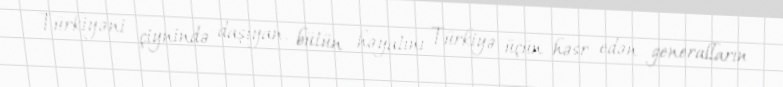
Türkiyəni çiynində daşıyan, bütün həyatını Türkiyə üçün həsr edən generalların